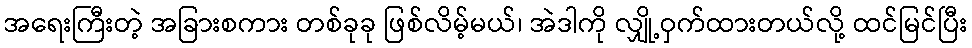
အရေးကြီးတဲ့ အခြားစကား တစ်ခုခု ဖြစ်လိမ့်မယ်၊ အဲဒါကို လျှို့ဝှက်ထားတယ်လို့ ထင်မြင်ပြီး